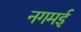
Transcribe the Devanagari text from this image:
नगमई